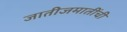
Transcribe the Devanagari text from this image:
जातीजमातींची